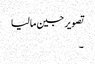
تصویر جین مالیا
۔